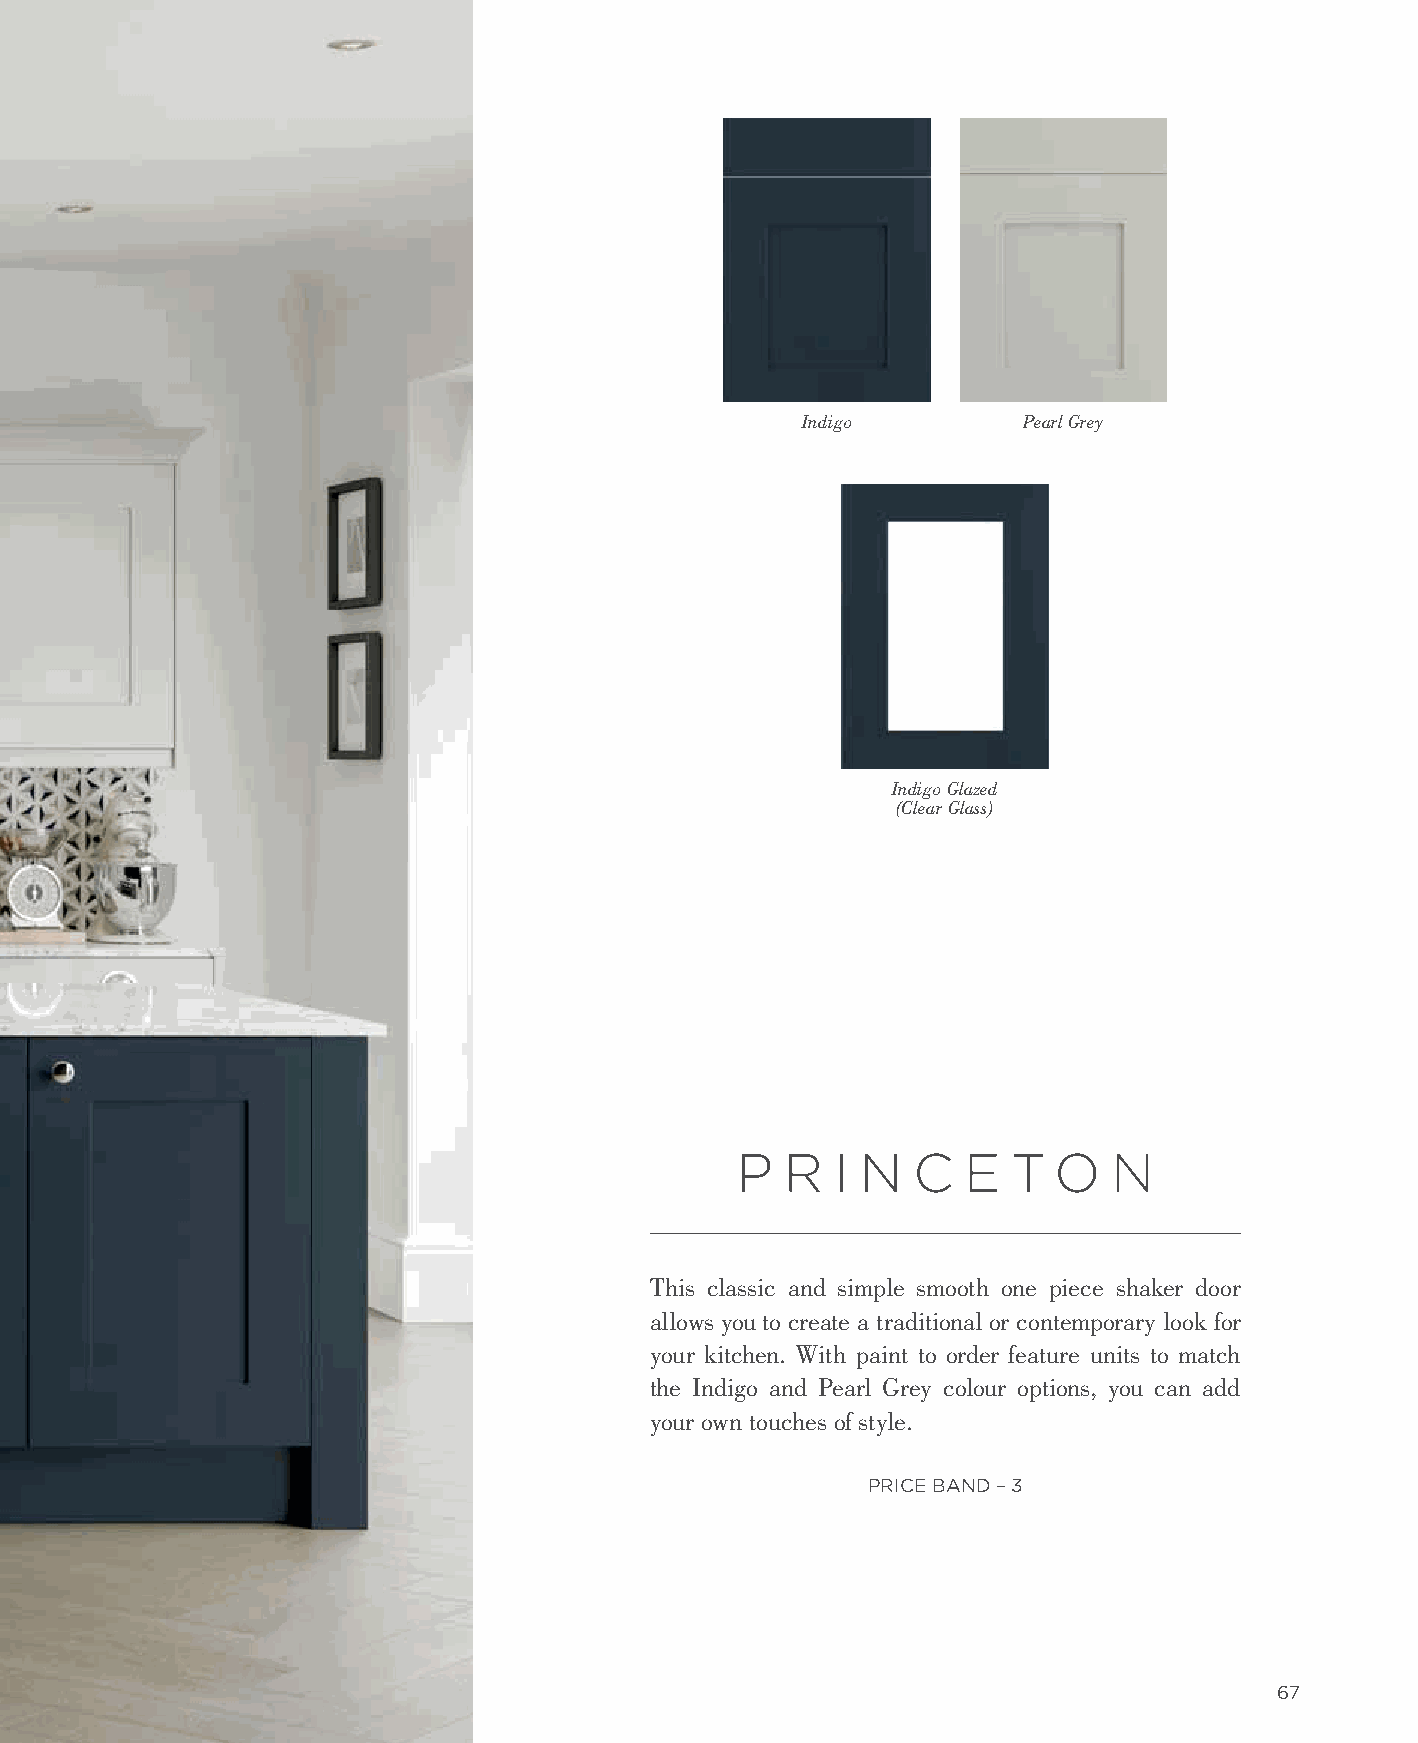
Indigo         Pearl Grey
 Indigo Glazed
 (Clear Glass)
 P  R  I N  C   E  T  O   N
 This classic and simple smooth one piece shaker door
 allows you to create a traditional or contemporary look for
 your kitchen. With paint to order feature units to match
 the Indigo and Pearl Grey colour options, you can add
 your own touches of style.
 PRICE BAND – 3
 67